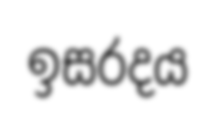
ඉසරදය